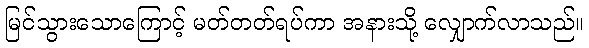
မြင်သွားသောကြောင့် မတ်တတ်ရပ်ကာ အနားသို့ လျှောက်လာသည်။